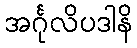
အင်္ဂုလိပဒါနိ